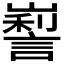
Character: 𡽜